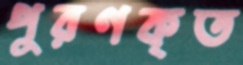
পুরণকৃত